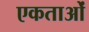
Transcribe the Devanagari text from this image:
एकताओं